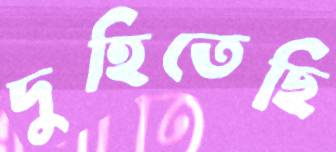
দুহিতেছি